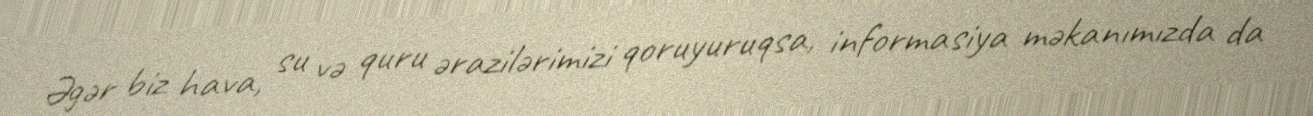
Əgər biz hava, su və quru ərazilərimizi qoruyuruqsa, informasiya məkanımızda da